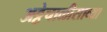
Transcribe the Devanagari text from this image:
अठ्ठेचाळीसाव्या